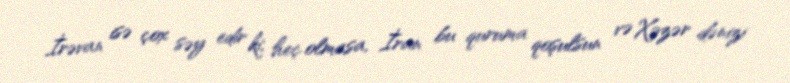
İrəvan isə çox səy edir ki, heç olmasa, İran bu quruma qoşulsun və Xəzər dənizi